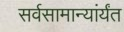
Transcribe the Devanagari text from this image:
सर्वसामान्यांर्यंत